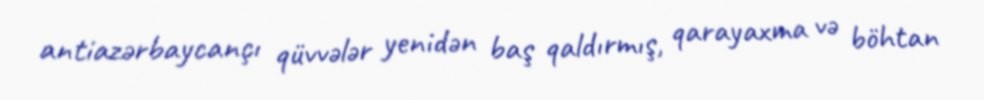
antiazərbaycançı qüvvələr yenidən baş qaldırmış, qarayaxma və böhtan